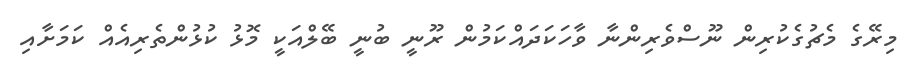
މިރޭގެ މެޗުގެކުރިން ނޫސްވެރިންނާ ވާހަކަދައްކަމުން ރޫނީ ބުނީ ބޭލްއަކީ މޮޅު ކުޅުންތެރިއެއް ކަމަށާއި